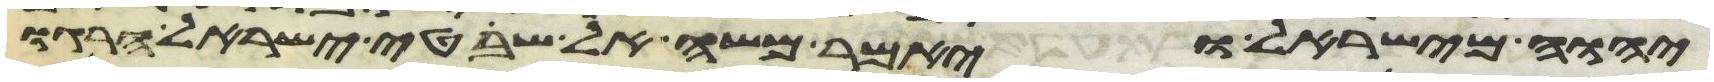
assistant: יהוה מישראל ויאמר משה אל שפטי ישראל הרגו